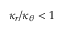
\kappa _ { r } / \kappa _ { \theta } < 1